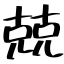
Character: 兢